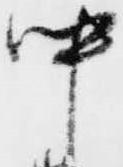
中